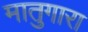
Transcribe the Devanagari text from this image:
मातुगारा